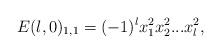
LaTeX: \begin{align*}E(l,0)_{1,1}=(-1)^{l}x_{1}^{2}x_{2}^{2}...x_{l}^{2},\end{align*}